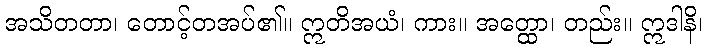
အသိတတာ၊ တောင့်တအပ်၏။ ဣတိအယံ၊ ကား။ အတ္ထော၊ တည်း။ ဣဒါနိ၊